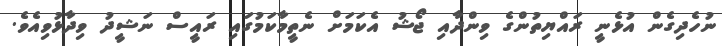
ނުހެދިގެން އުޅެނީ ރައްޔިތުންގެ ވިންދާއި ޖޯޝު އެކަމަށް ނެތީމާކަމުގައި ރައީސް ނަޝީދު ވިދާޅުވިއެވެ.